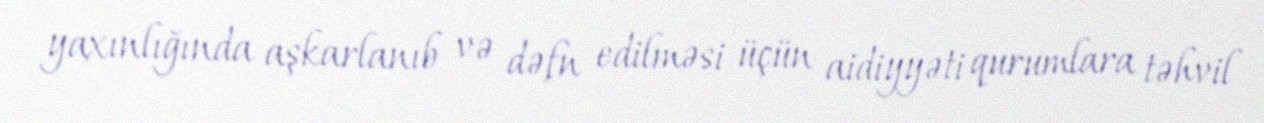
yaxınlığında aşkarlanıb və dəfn edilməsi üçün aidiyyəti qurumlara təhvil